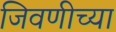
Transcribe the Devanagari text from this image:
जिवणीच्या